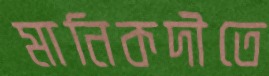
মানিকদীতে